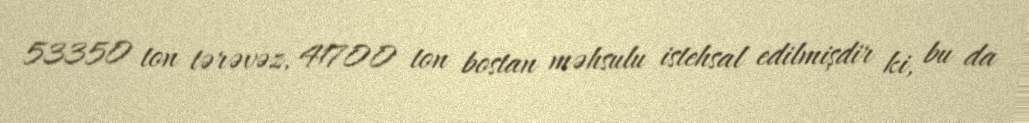
53350 ton tərəvəz, 41700 ton bostan məhsulu istehsal edilmişdir ki, bu da